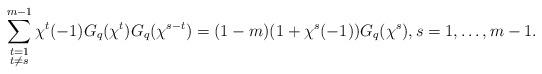
LaTeX: \begin{align*}\sum\limits_{\substack{t=1\\ t\neq s}}^{m-1}\chi^t(-1)G_q(\chi^t)G_q(\chi^{s-t})=(1-m)(1+\chi^s(-1))G_q(\chi^s),s=1,\dots,m-1.\end{align*}